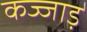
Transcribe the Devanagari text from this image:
कज्जाड़